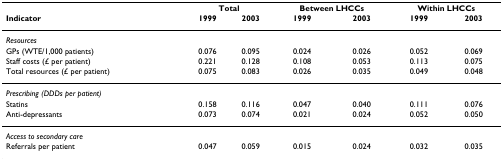
<table><thead><tr><td></td><td colspan="2"><b>Total</b></td><td colspan="2"><b>Between LHCCs</b></td><td colspan="2"><b>Within LHCCs</b></td></tr><tr><td><b>Indicator</b></td><td><b>1999</b></td><td><b>2003</b></td><td><b>1999</b></td><td><b>2003</b></td><td><b>1999</b></td><td><b>2003</b></td></tr></thead><tbody><tr><td><i>Resources</i></td><td></td><td></td><td></td><td></td><td></td><td></td></tr><tr><td>GPs (WTE/1,000 patients)</td><td>0.076</td><td>0.095</td><td>0.024</td><td>0.026</td><td>0.052</td><td>0.069</td></tr><tr><td>Staff costs (£ per patient)</td><td>0.221</td><td>0.128</td><td>0.108</td><td>0.053</td><td>0.113</td><td>0.075</td></tr><tr><td>Total resources (£ per patient)</td><td>0.075</td><td>0.083</td><td>0.026</td><td>0.035</td><td>0.049</td><td>0.048</td></tr><tr><td><i>Prescribing (DDDs per patient)</i></td><td></td><td></td><td></td><td></td><td></td><td></td></tr><tr><td>Statins</td><td>0.158</td><td>0.116</td><td>0.047</td><td>0.040</td><td>0.111</td><td>0.076</td></tr><tr><td>Anti-depressants</td><td>0.073</td><td>0.074</td><td>0.021</td><td>0.024</td><td>0.052</td><td>0.050</td></tr><tr><td><i>Access to secondary care</i></td><td></td><td></td><td></td><td></td><td></td><td></td></tr><tr><td>Referrals per patient</td><td>0.047</td><td>0.059</td><td>0.015</td><td>0.024</td><td>0.032</td><td>0.035</td></tr></tbody></table>